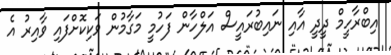
އިބްރާހީމް ދީދީ އާއި ނައިބުރައީސް އަލްހާން ފަހުމީ މަގާމުން ވަކިކޮށްފައި ވާއިރު އެ